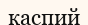
каспий